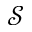
\mathcal { S }